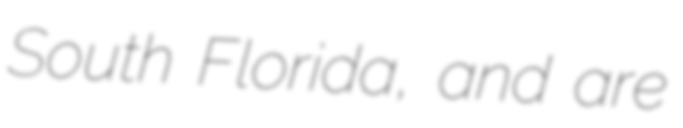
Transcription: South Florida, and are